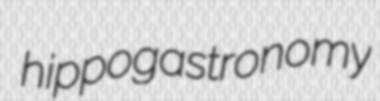
hippogastronomy